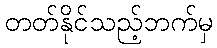
တတ်နိုင်သည့်ဘက်မှ